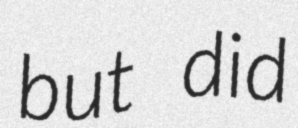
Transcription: but did